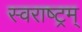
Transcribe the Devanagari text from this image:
स्वराष्ट्रम्‌